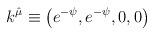
LaTeX: \begin{align*}k^{\hat \mu} \equiv \left (e^{-\psi}, e^{-\psi}, 0, 0 \right )\end{align*}